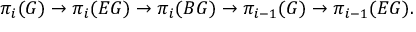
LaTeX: \pi _ { i } ( G ) \rightarrow \pi _ { i } ( E G ) \rightarrow \pi _ { i } ( B G ) \rightarrow \pi _ { i - 1 } ( G ) \rightarrow \pi _ { i - 1 } ( E G ) .